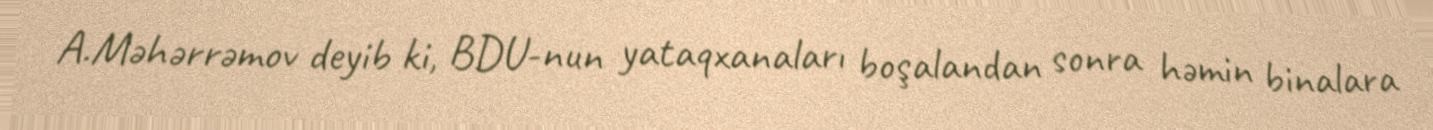
A.Məhərrəmov deyib ki, BDU-nun yataqxanaları boşalandan sonra həmin binalara